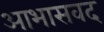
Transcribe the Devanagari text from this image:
आभासवद